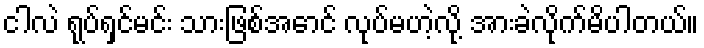
ငါလဲ ရုပ်ရှင်မင်း သားဖြစ်အောင် လုပ်မဟဲ့လို့ အားခဲလိုက်မိပါတယ်။